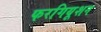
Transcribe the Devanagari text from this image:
फरगियूशन